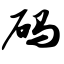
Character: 码